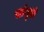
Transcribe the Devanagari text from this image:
सांगूतो